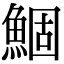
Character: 鯝